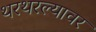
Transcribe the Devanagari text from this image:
थरथरल्यावर